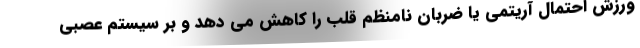
ورزش احتمال آریتمی یا ضربان نامنظم قلب را کاهش می دهد و بر سیستم عصبی